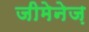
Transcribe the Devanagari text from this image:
जीमेनेज़